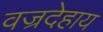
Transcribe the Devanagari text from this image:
वज्रदेहाय